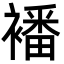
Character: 襎